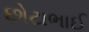
છોટાભાઈ